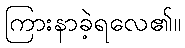
ကြားနာခဲ့ရလေ၏။